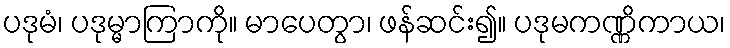
ပဒုမံ၊ ပဒုမ္မာကြာကို။ မာပေတွာ၊ ဖန်ဆင်း၍။ ပဒုမကဏ္ဏိကာယ၊